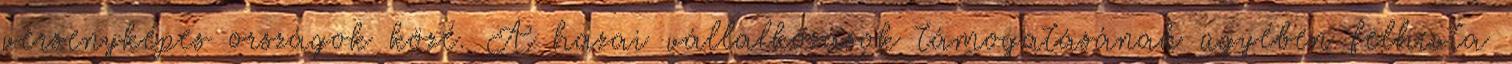
versenyképes országok közé. A hazai vállalkozások támogatásának ügyében felhívta